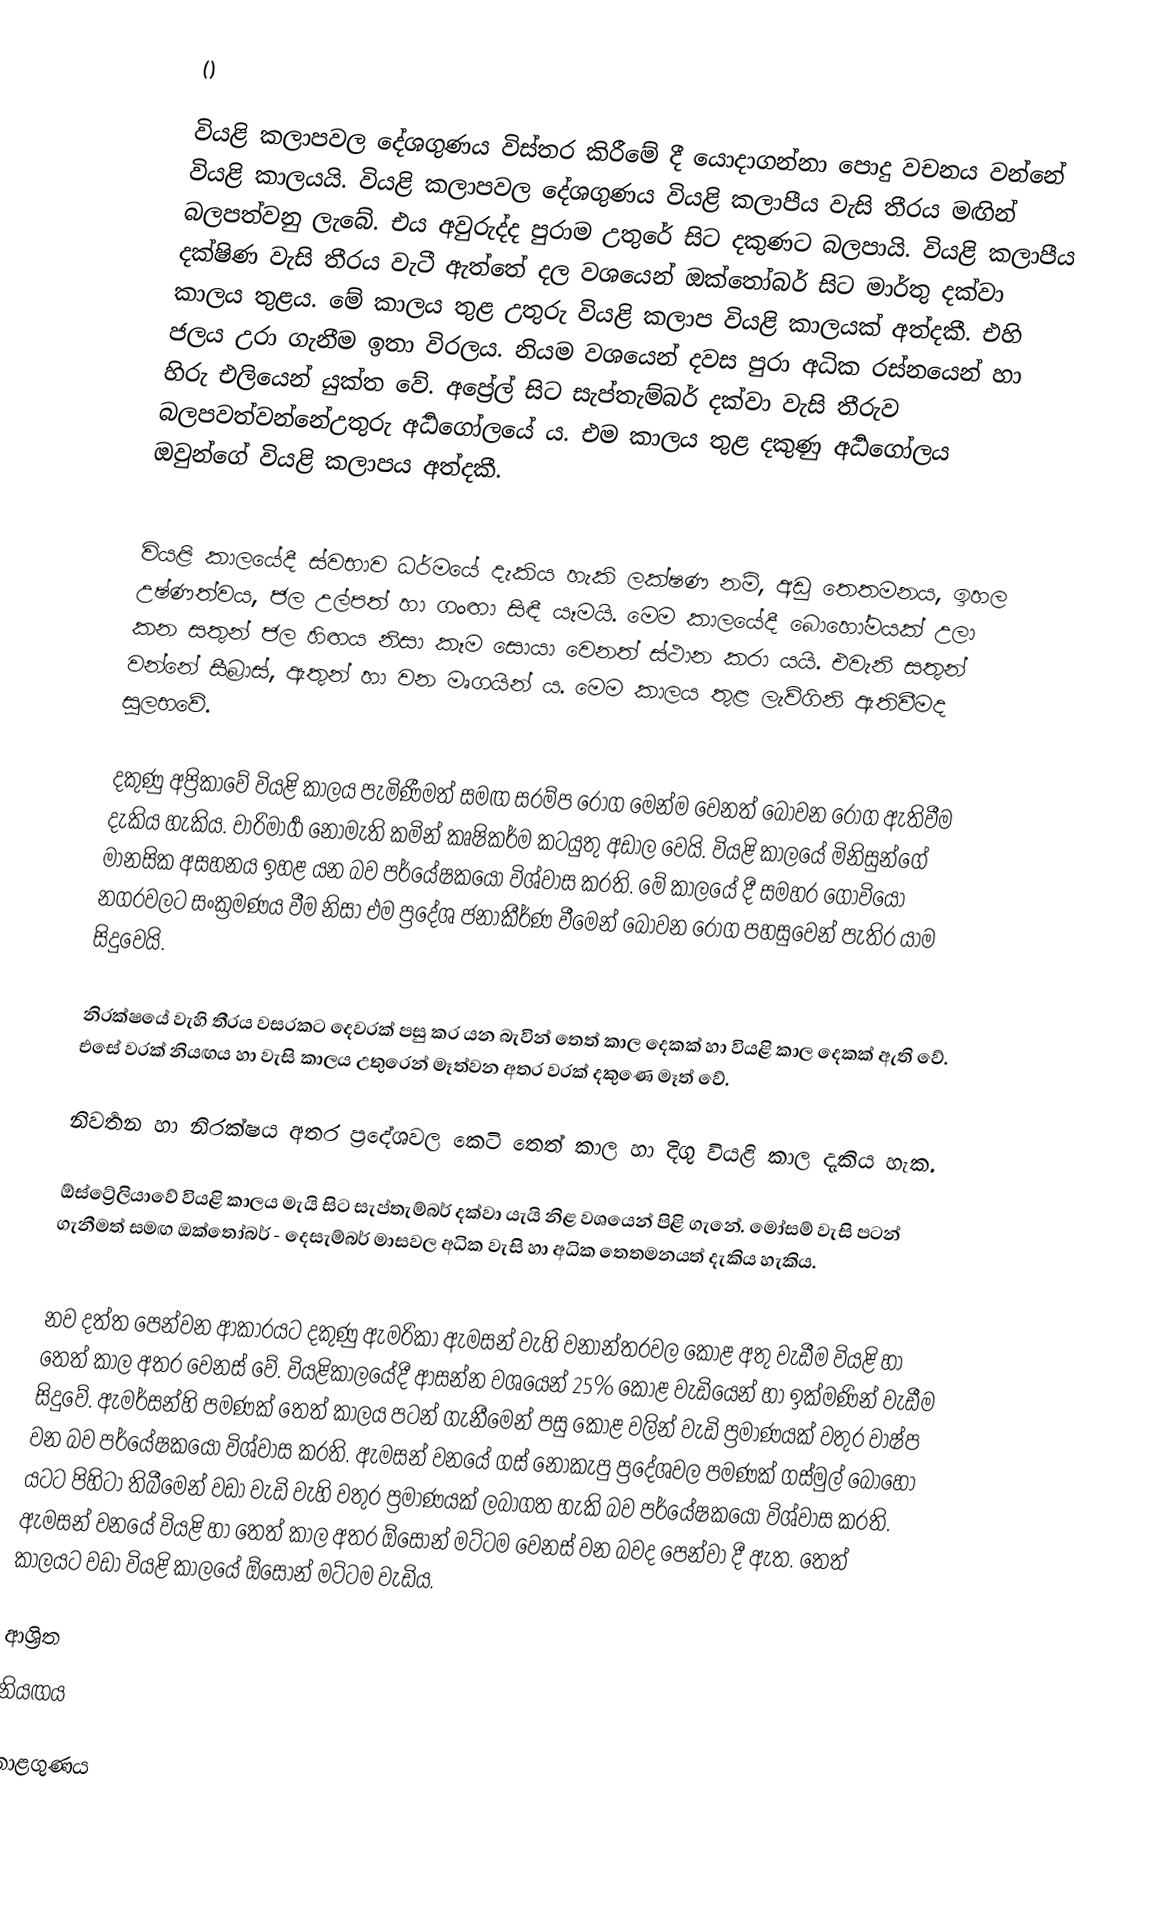
()

වියළි කලාපවල දේශගුණය විස්තර කිරීමේ දී යොදාගන්නා පොදු වචනය වන්නේ වියළි කාලයයි. වියළි කලාපවල දේශගුණය වියළි කලාපීය වැසි තීරය මඟින් බලපත්වනු ලැබේ. එය අවුරුද්ද පුරාම උතුරේ සිට දකුණට බලපායි. වියළි කලාපීය දක්ෂිණ වැසි තීරය වැටී ඇත්තේ දල වශයෙන්  ඔක්තෝබර් සිට මාර්තු දක්වා කාලය තුළය. මේ කාලය තුළ උතුරු වියළි කලාප වියළි කාලයක් අත්දකී. එහි ජලය උරා ගැනීම ඉතා විරලය. නියම වශයෙන් දවස පුරා අධික රස්නයෙන් හා හිරු එලියෙන්  යුක්ත වේ.  අප්‍රේල් සිට සැප්තැම්බර් දක්වා වැසි තීරුව බලපවත්වන්නේඋතුරු අර්‍ධගෝලයේ ය. එම කාලය තුළ දකුණු අර්‍ධගෝලය ඔවුන්ගේ වියළි කලාපය අත්දකී.

වියළි කාලයේදී ස්වභාව ධර්මයේ දැකිය හැකි ලක්ෂණ නම්, අඩු තෙතමනය, ඉහල උෂ්ණත්වය, ජල  උල්පත් හා ගංඟා සිඳී යෑමයි. මෙම කාලයේදී බොහෝමයක් උලා කන සතුන් ජල හිඟය නිසා කෑම සොයා වෙනත් ස්ථාන කරා යයි. එවැනි සතුන් වන්නේ සීබ්‍රාස්, ඇතුන් හා වන මෘගයින් ය. මෙම කාලය තුළ ලැව්ගිනි ඇතිවීමද සුලභවේ.

දකුණු අප්‍රිකාවේ වියළි කාලය පැමිණීමත් සමඟ සරම්ප රෝග මෙන්ම වෙනත් බෝවන රෝග ඇතිවීම දැකිය හැකිය. වාරිමාර්‍ග නොමැති කමින් කෘෂිකර්ම කටයුතු අඩාල වෙයි. වියළි කාලයේ මිනිසුන්ගේ මානසික අසහනය ඉහළ යන බව පර්යේෂකයෝ විශ්වාස කරති. මේ කාලයේ දී සමහර ගොවියෝ නගරවලට සංක්‍රමණය වීම නිසා එම ප්‍රදේශ ජනාකීර්ණ වීමෙන් බෝවන රෝග පහසුවෙන් පැතිර යාම සිදුවෙයි.

නිරක්ෂයේ වැහි තීරය වසරකට  දෙවරක් පසු  කර යන බැවින් තෙත් කාල දෙකක් ‍හා වියළි කාල දෙකක් ඇති වේ. එසේ වරක් නියඟය හා වැසි කාලය උතුරෙන් මෑත්වන අතර වරක් දකුණෙ මෑත් වේ.

නිවර්‍තන හා නිරක්ෂය අතර ප්‍රදේශවල කෙටි තෙත් කාල හා දිගු වියළි කාල දැකිය හැක.

ඕස්ට්‍රේලියාවේ වියළි කාලය මැයි සිට සැප්තැම්බර් දක්වා යැයි නිළ වශයෙන් පිළි ගැනේ. මෝසම් වැසි පටන් ගැනීමත් සමඟ ඔක්තෝබර් - දෙසැම්බර් මාසවල අධික වැසි හා අධික තෙතමනයත් දැකිය හැකිය.

නව දත්ත පෙන්වන ආකාරයට දකුණු ඇමරිකා ඇමසන් වැහි වනාන්තරවල කොළ අතු වැඩීම වියළි හා තෙත් කාල අතර වෙනස් වේ. වියළිකාලයේදී ආසන්න වශයෙන් 25% කොළ වැඩියෙන් හා ඉක්මණින් වැඩීම  සිදුවේ. ඇමර්සන්හි පමණක් තෙත් කාලය පටන් ගැනීමෙන් පසු කොළ වලින් වැඩි ප්‍රමාණයක් වතුර වාෂ්ප වන බව පර්යේෂකයෝ  විශ්වාස කරති. ‍ඇමසන්  වනයේ ගස් නොකැපු ප්‍රදේශවල පමණක් ගස්මුල් බොහෝ යටට පිහිටා තිබීමෙන් වඩා වැඩි වැහි වතුර ප්‍රමාණයක් ලබාගත හැකි බව පර්යේෂකයෝ විශ්වාස කරති. ඇමසන්  වනයේ වියළි හා තෙත් කාල අතර ඕසෝන් මට්ටම වෙනස් වන බවද පෙන්වා දී ඇත. තෙත් කාලයට වඩා වියළි කාලයේ ඕසෝන් මට්ටම වැඩිය.

ආශ්‍රිත
 නියඟය

කාළගුණය